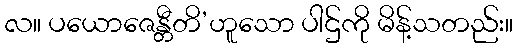
လ။ ပယောဇေန္တီတိ’ဟူသော ပါဌ်ကို မိန့်သတည်း။